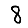
Digit: 8